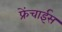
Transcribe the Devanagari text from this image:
फ्रेंचाईस